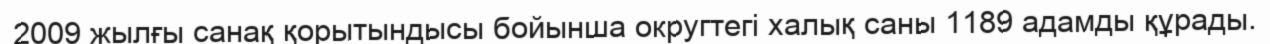
2009 жылғы санақ қорытындысы бойынша округтегі халық саны 1189 адамды құрады.